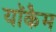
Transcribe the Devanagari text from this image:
यॉकैम